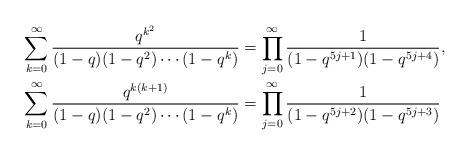
LaTeX: \begin{align*}\sum_{k=0}^\infty\frac{q^{k^2}}{(1-q)(1-q^2)\dotsm(1-q^k)}&=\prod_{j=0}^\infty\frac 1{(1-q^{5j+1})(1-q^{5j+4})},\\\sum_{k=0}^\infty\frac{q^{k(k+1)}}{(1-q)(1-q^2)\dotsm(1-q^k)}&=\prod_{j=0}^\infty\frac 1{(1-q^{5j+2})(1-q^{5j+3})}\end{align*}